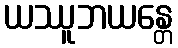
ယဿူဘယန္တေ